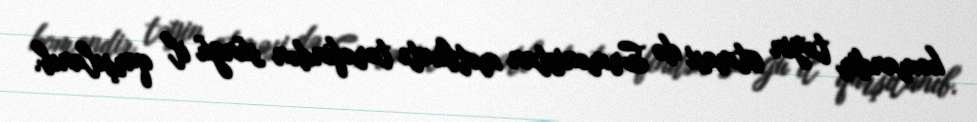
komandir təyin etməsi də Ermənistan mətbuatı tərəfindən süngü il qarşılanıb.